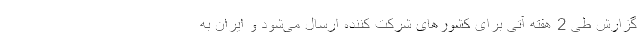
گزارش طی 2 هفته آتی برای کشورهای شرکت کننده ارسال می‌شود و ایران به